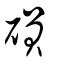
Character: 磒